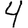
Digit: 4